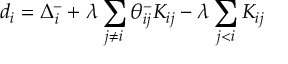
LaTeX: d _ { i } = \Delta _ { i } ^ { - } + \lambda \sum _ { j \neq i } \theta _ { i j } ^ { - } K _ { i j } - \lambda \sum _ { j < i } K _ { i j }